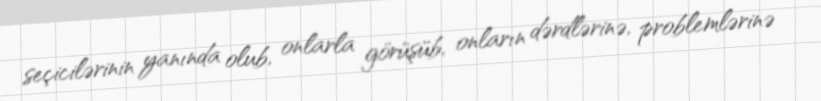
seçicilərinin yanında olub, onlarla görüşüb, onların dərdlərinə, problemlərinə